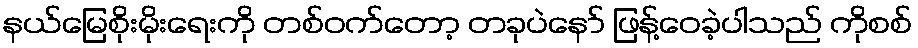
နယ်မြေစိုးမိုးရေးကို တစ်ဝက်တော့ တခုပဲနော် ဖြန့်ဝေခဲ့ပါသည် ကိုစစ်